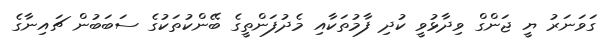
ގަވަނަރު ޔީ ޖަންގް ވިދާޅުވީ ކުދި ފާމުތަކާއި މެދުފަންތީގެ ބޭންކުތަކުގެ ސަބަބުން ޗައިނާގެ